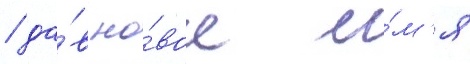
/ да́в но́вое и́м'я